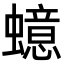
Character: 䗷